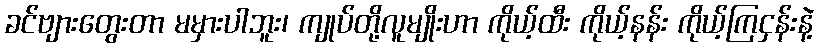
ခင်ဗျားတွေးတာ မမှားပါဘူး၊ ကျုပ်တို့လူမျိုးဟာ ကိုယ့်ထီး ကိုယ့်နန်း ကိုယ့်ကြငှန်းနဲ့